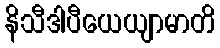
နိသီဒါပီယေယျာမာတိ